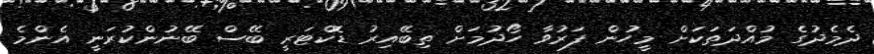
ދެމެދުގެ މުއްދަތަކަށް މީހުން ފަރުވާ ހޯދުމަށް ތިބޭއިރު ޑޮކްޓަރީ ބޭސް ބޭނުންކުރަނީ އެންމެ